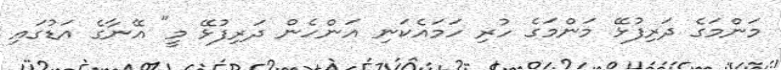
މަންމަގެ ދަރިފުޅޭ މަންމަގެ ހުރި ހަމައެކަނި އަންހެން ދަރިފުޅޭ މީ" އޭނާގެ އަޑުގައި